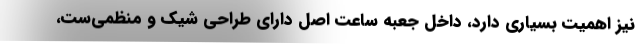
نیز اهمیت بسیاری دارد، داخل جعبه ساعت اصل دارای طراحی شیک و منظمی‌ست،